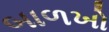
બાળખો